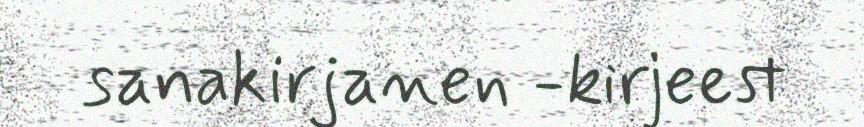
sanakirjanen -kirjeest